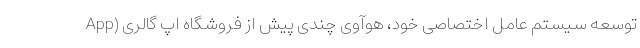
توسعه سیستم عامل اختصاصی خود، هوآوی چندی پیش از فروشگاه اپ گالری (App